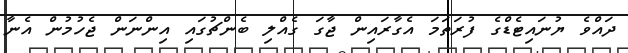
ދައްވެ ޔުނައިޓެޑްގެ ފުރަތަމަ އެގާރައިން ޖާގަ ގެއްލި ބެންޗުގައި އިންނަން ޖެހުމުން އެނާ